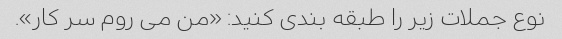
نوع جملات زیر را طبقه بندی کنید: «من می روم سر کار».